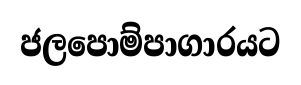
ජලපොම්පාගාරයට